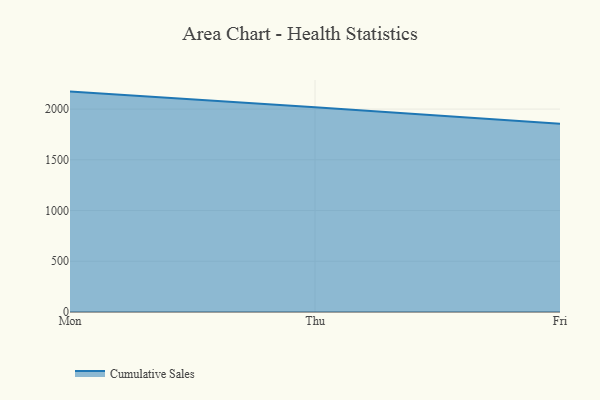
{"axis": {"x": "Day", "y": "Operating Costs (USD K)"}, "legend": ["Cumulative Sales"], "data": [{"x": "Mon", "y": 2172.4, "type": "Cumulative Sales"}, {"x": "Thu", "y": 2019.1, "type": "Cumulative Sales"}, {"x": "Fri", "y": 1855.3, "type": "Cumulative Sales"}]}